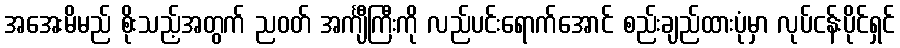
အအေးမိမည် စိုးသည့်အတွက် ညဝတ် အင်္ကျီကြီးကို လည်ပင်းရောက်အောင် စည်းချည်ထားပုံမှာ လုပ်ငန်းပိုင်ရှင်